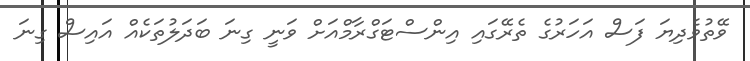
ވޭތުވެދިޔަ ފަސް އަހަރުގެ ތެރޭގައި އިންސްޓަގްރާމްއަށް ވަނީ ގިނަ ބަދަލުތަކެއް އައިސް ގިނަ